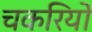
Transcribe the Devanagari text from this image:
चकरियों